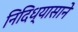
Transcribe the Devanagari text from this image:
निदिध्यासाने